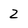
Character: 2